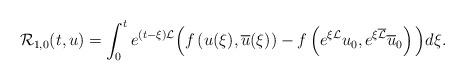
LaTeX: \begin{align*} \mathcal{R}_{1,0}(t,u)= \int_0^t e^{( t - \xi) \mathcal{L}} \Big( f \left(u(\xi), \overline u(\xi) \right) - f \left(e^{ \xi\mathcal{L}} u_0, e^{ \xi \overline{\mathcal{L}} }\overline u_0\right)\Big)d\xi.\end{align*}